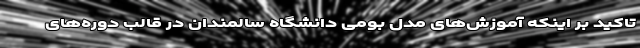
تاکید بر اینکه آموزش‌های مدل بومی دانشگاه سالمندان در قالب دوره‌های